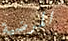
المرضية